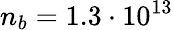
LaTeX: n_{b}=1.3\cdot 10^{13}